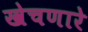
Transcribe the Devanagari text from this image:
खेचणारे